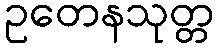
ဥတေနသုတ္တ